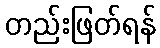
တည်းဖြတ်ရန်